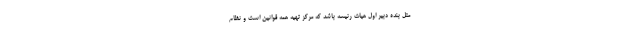
مثل بنده دبیر اول هیات رئیسه باشد که مرکز تهیه همه قوانین است و نظام